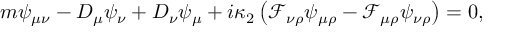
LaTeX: m \psi _ { \mu \nu } - D _ { \mu } \psi _ { \nu } + D _ { \nu } \psi _ { \mu } + i \kappa _ { 2 } \left( \mathcal { F } _ { \nu \rho } \psi _ { \mu \rho } - \mathcal { F } _ { \mu \rho } \psi _ { \nu \rho } \right) = 0 ,